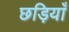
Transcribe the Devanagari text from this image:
छड़ियाँ